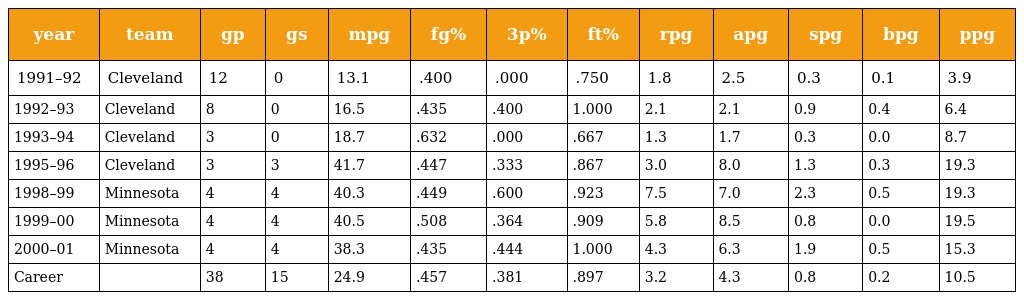
| year | team | gp | gs | mpg | fg% | 3p% | ft% | rpg | apg | spg | bpg | ppg |
 | --- | --- | --- | --- | --- | --- | --- | --- | --- | --- | --- | --- | --- |
 | 1991–92 | Cleveland | 12 | 0 | 13.1 | .400 | .000 | .750 | 1.8 | 2.5 | 0.3 | 0.1 | 3.9 |
 | 1992–93 | Cleveland | 8 | 0 | 16.5 | .435 | .400 | 1.000 | 2.1 | 2.1 | 0.9 | 0.4 | 6.4 |
 | 1993–94 | Cleveland | 3 | 0 | 18.7 | .632 | .000 | .667 | 1.3 | 1.7 | 0.3 | 0.0 | 8.7 |
 | 1995–96 | Cleveland | 3 | 3 | 41.7 | .447 | .333 | .867 | 3.0 | 8.0 | 1.3 | 0.3 | 19.3 |
 | 1998–99 | Minnesota | 4 | 4 | 40.3 | .449 | .600 | .923 | 7.5 | 7.0 | 2.3 | 0.5 | 19.3 |
 | 1999–00 | Minnesota | 4 | 4 | 40.5 | .508 | .364 | .909 | 5.8 | 8.5 | 0.8 | 0.0 | 19.5 |
 | 2000–01 | Minnesota | 4 | 4 | 38.3 | .435 | .444 | 1.000 | 4.3 | 6.3 | 1.9 | 0.5 | 15.3 |
 | Career |  | 38 | 15 | 24.9 | .457 | .381 | .897 | 3.2 | 4.3 | 0.8 | 0.2 | 10.5 |